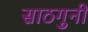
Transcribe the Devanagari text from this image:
साठगुनी